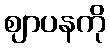
ဈာပနကို